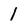
Character: 1